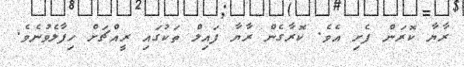
ރާޔާ ކޮރަން ފެށި އެވެ. ކޮރާގެން ރާޔާ ފައިލް ތަކުގައި ރީއްޗަށް ހިފާލެވުނެވެ.